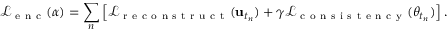
\mathcal { L } _ { \mathrm { ~ e ~ n ~ c ~ } } ( \alpha ) = \sum _ { n } \left[ \mathcal { L } _ { \mathrm { ~ r ~ e ~ c ~ o ~ n ~ s ~ t ~ r ~ u ~ c ~ t ~ } } ( \mathbf { u } _ { t _ { n } } ) + \gamma \mathcal { L } _ { \mathrm { ~ c ~ o ~ n ~ s ~ i ~ s ~ t ~ e ~ n ~ c ~ y ~ } } ( \theta _ { t _ { n } } ) \right] .